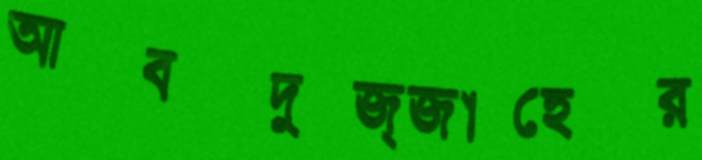
আবদুজ্জাহের